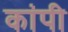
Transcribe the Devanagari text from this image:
कांपी